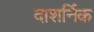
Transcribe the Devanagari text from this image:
दाशर्निक